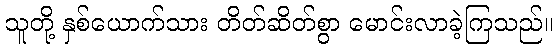
သူတို့ နှစ်ယောက်သား တိတ်ဆိတ်စွာ မောင်းလာခဲ့ကြသည်။